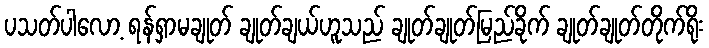
ပသတ်ပါလော့ ရန်ရှာမချုတ် ချုတ်ချယ်ဟူသည် ချုတ်ချုတ်မြည်ခိုက် ချုတ်ချုတ်တိုက်ရိုး